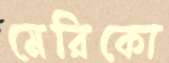
মেরিকো